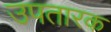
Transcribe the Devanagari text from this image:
उपतारक